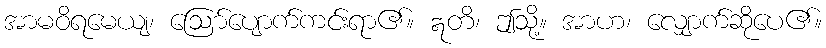
အာမဝိရမေယျ၊ ဩော်ပျောက်ကင်းရာ၏။ ဣတိ၊ ဤသို့။ အာဟ၊ လျှောက်ဆိုပေ၏။